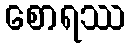
စောရဿ